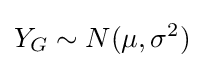
Y_{G}\sim N(\mu ,\sigma ^{2})